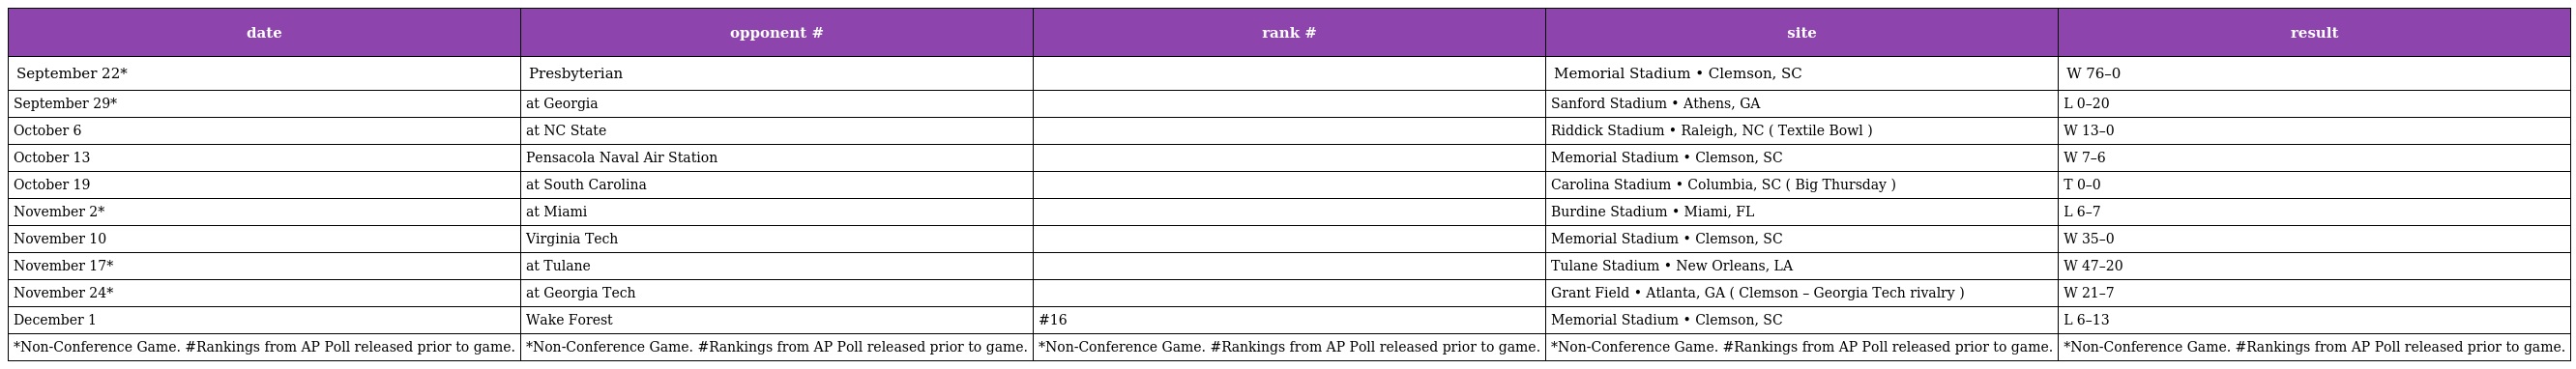
| date | opponent # | rank # | site | result |
 | --- | --- | --- | --- | --- |
 | September 22* | Presbyterian |  | Memorial Stadium • Clemson, SC | W 76–0 |
 | September 29* | at Georgia |  | Sanford Stadium • Athens, GA | L 0–20 |
 | October 6 | at NC State |  | Riddick Stadium • Raleigh, NC ( Textile Bowl ) | W 13–0 |
 | October 13 | Pensacola Naval Air Station |  | Memorial Stadium • Clemson, SC | W 7–6 |
 | October 19 | at South Carolina |  | Carolina Stadium • Columbia, SC ( Big Thursday ) | T 0–0 |
 | November 2* | at Miami |  | Burdine Stadium • Miami, FL | L 6–7 |
 | November 10 | Virginia Tech |  | Memorial Stadium • Clemson, SC | W 35–0 |
 | November 17* | at Tulane |  | Tulane Stadium • New Orleans, LA | W 47–20 |
 | November 24* | at Georgia Tech |  | Grant Field • Atlanta, GA ( Clemson – Georgia Tech rivalry ) | W 21–7 |
 | December 1 | Wake Forest | #16 | Memorial Stadium • Clemson, SC | L 6–13 |
 | *Non-Conference Game. #Rankings from AP Poll released prior to game. | *Non-Conference Game. #Rankings from AP Poll released prior to game. | *Non-Conference Game. #Rankings from AP Poll released prior to game. | *Non-Conference Game. #Rankings from AP Poll released prior to game. | *Non-Conference Game. #Rankings from AP Poll released prior to game. |